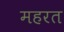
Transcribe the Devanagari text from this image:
महरत